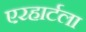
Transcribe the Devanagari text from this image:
एरहार्टला